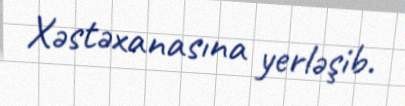
Xəstəxanasına yerləşib.